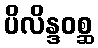
ပိလိန္ဒဝစ္ဆ